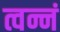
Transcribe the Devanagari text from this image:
त्वन्नं